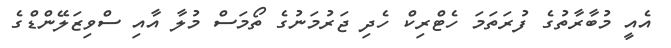
އެއީ މުބާރާތުގެ ފުރަތަމަ ހެޓްރިކް ހެދި ޖަރުމަނުގެ ތޯމަސް މުލާ އާއި ސްވިޒަލޭންޑްގެ